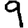
Digit: 9